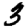
Digit: 3